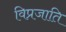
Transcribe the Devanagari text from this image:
विप्रजाति